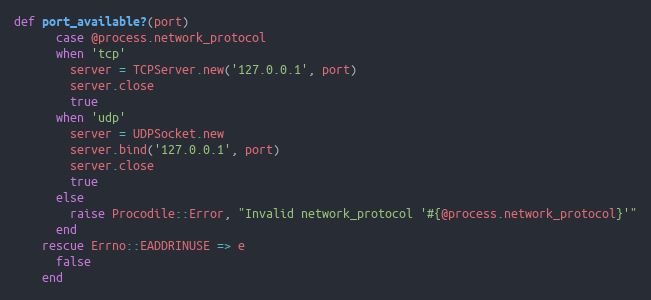
Language: Ruby
def port_available?(port)
      case @process.network_protocol
      when 'tcp'
        server = TCPServer.new('127.0.0.1', port)
        server.close
        true
      when 'udp'
        server = UDPSocket.new
        server.bind('127.0.0.1', port)
        server.close
        true
      else
        raise Procodile::Error, "Invalid network_protocol '#{@process.network_protocol}'"
      end
    rescue Errno::EADDRINUSE => e
      false
    end